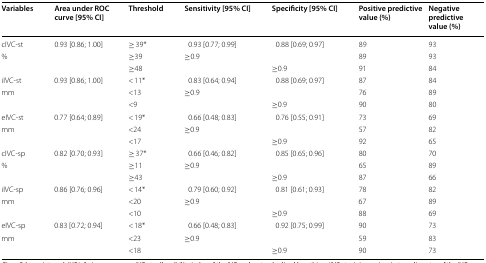
<table><thead><tr><td><b>Variables</b></td><td><b>Area under ROC curve [95% CI]</b></td><td><b>Threshold</b></td><td><b>Sensitivity [95% CI]</b></td><td><b>Specificity [95% CI]</b></td><td><b>Positive predictive value (%)</b></td><td><b>Negative predictive value (%)</b></td></tr></thead><tbody><tr><td>cIVC-st</td><td>0.93 [0.86; 1.00]</td><td>≥ 39*</td><td>0.93 [0.77; 0.99]</td><td>0.88 [0.69; 0.97]</td><td>89</td><td>93</td></tr><tr><td>%</td><td></td><td>≥39</td><td>≥0.9</td><td></td><td>89</td><td>93</td></tr><tr><td></td><td></td><td>≥48</td><td></td><td>≥0.9</td><td>91</td><td>84</td></tr><tr><td>iIVC-st</td><td>0.93 [0.86; 1.00]</td><td>&lt; 11*</td><td>0.83 [0.64; 0.94]</td><td>0.88 [0.69; 0.97]</td><td>87</td><td>84</td></tr><tr><td>mm</td><td></td><td>&lt;13</td><td>≥0.9</td><td></td><td>76</td><td>89</td></tr><tr><td></td><td></td><td>&lt;9</td><td></td><td>≥0.9</td><td>90</td><td>80</td></tr><tr><td>eIVC-st</td><td>0.77 [0.64; 0.89]</td><td>&lt; 19*</td><td>0.66 [0.48; 0.83]</td><td>0.76 [0.55; 0.91]</td><td>73</td><td>69</td></tr><tr><td>mm</td><td></td><td>&lt;24</td><td>≥0.9</td><td></td><td>57</td><td>82</td></tr><tr><td></td><td></td><td>&lt;17</td><td></td><td>≥0.9</td><td>92</td><td>65</td></tr><tr><td>cIVC-sp</td><td>0.82 [0.70; 0.93]</td><td>≥ 37*</td><td>0.66 [0.46; 0.82]</td><td>0.85 [0.65; 0.96]</td><td>80</td><td>70</td></tr><tr><td>%</td><td></td><td>≥11</td><td>≥0.9</td><td></td><td>65</td><td>89</td></tr><tr><td></td><td></td><td>≥43</td><td></td><td>≥0.9</td><td>87</td><td>66</td></tr><tr><td>iIVC-sp</td><td>0.86 [0.76; 0.96]</td><td>&lt; 14*</td><td>0.79 [0.60; 0.92]</td><td>0.81 [0.61; 0.93]</td><td>78</td><td>82</td></tr><tr><td>mm</td><td></td><td>&lt;20</td><td>≥0.9</td><td></td><td>67</td><td>89</td></tr><tr><td></td><td></td><td>&lt;10</td><td></td><td>≥0.9</td><td>88</td><td>69</td></tr><tr><td>eIVC-sp</td><td>0.83 [0.72; 0.94]</td><td>&lt; 18*</td><td>0.66 [0.48; 0.83]</td><td>0.92 [0.75; 0.99]</td><td>90</td><td>73</td></tr><tr><td>mm</td><td></td><td>&lt;23</td><td>≥0.9</td><td></td><td>59</td><td>83</td></tr><tr><td></td><td></td><td>&lt;18</td><td></td><td>≥0.9</td><td>90</td><td>73</td></tr></tbody></table>